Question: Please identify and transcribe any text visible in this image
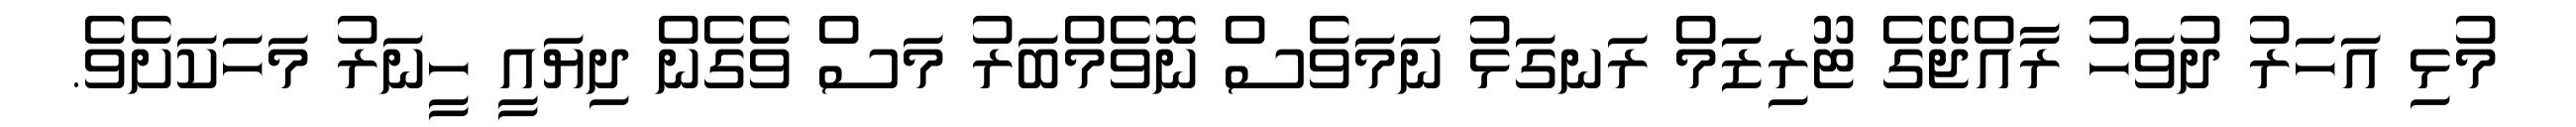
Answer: މުޅި އަހަރު ދުވަހު ރާއްޖޭގެ ޓޫރިޒަމް ރަނގަޅު ނަމަވެސް ނޮވެމްބަރު މަސް ވެގެން ދިޔައީ ހީނަރު މަހަކަށެވެ.